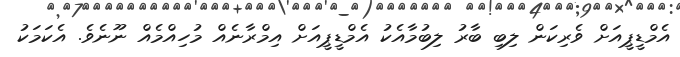
އެމްޑީޕީއަށް ވެރިކަން ލިބި ބާރު ލިބުމާއެކު އެމްޑީޕީއަށް އިމްރާނެއް މުހިއްމެއް ނޫނެވެ. އެކަމަކު